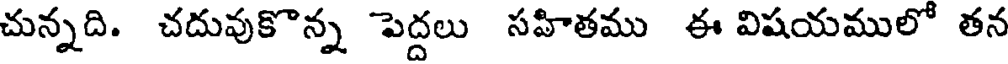
చున్నది. చదువుకొన్న పెద్దలు సహితము ఈ విషయములో తన